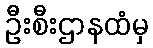
ဦးစီးဌာနထံမှ